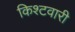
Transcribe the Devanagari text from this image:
किश्टवारी